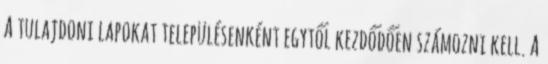
A tulajdoni lapokat településenként egytől kezdődően számozni kell. A